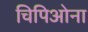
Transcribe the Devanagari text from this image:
चिपिओना